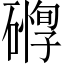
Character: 𥖒